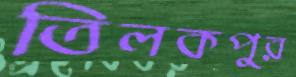
তিলকপুর